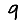
Digit: 9